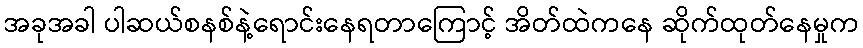
အခုအခါ ပါဆယ်စနစ်နဲ့ရောင်းနေရတာကြောင့် အိတ်ထဲကနေ ဆိုက်ထုတ်နေမှုက